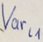
Text: Varl1